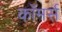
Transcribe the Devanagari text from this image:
काॅमर्स